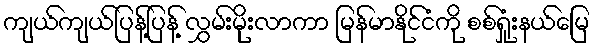
ကျယ်ကျယ်ပြန့်ပြန့် လွှမ်းမိုးလာကာ မြန်မာနိုင်ငံကို စစ်ရှုံးနယ်မြေ